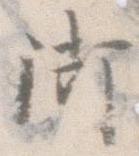
御